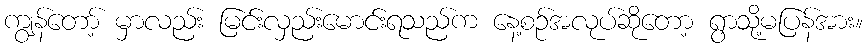
ကျွန်တော့် မှာလည်း မြင်းလှည်းမောင်းရသည်က နေ့စဉ်အလုပ်ဆိုတော့ ရွာသို့မပြန်အား။